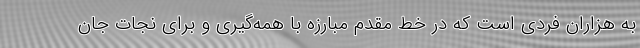
به هزاران فردی است که در خط مقدم مبارزه با همه‌گیری و برای نجات جان